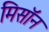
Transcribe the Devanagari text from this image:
मिसॉन